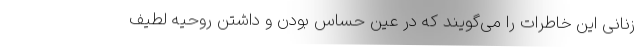
زنانی این خاطرات را می‌گویند که در عین حساس بودن و داشتن روحیه لطیف